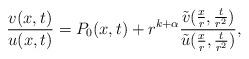
LaTeX: \begin{align*}\frac{v(x,t)}{u(x,t)}= P_0(x,t) + r^{k+\alpha} \frac{\tilde v(\frac{x}{r},\frac{t}{r^2})}{\tilde u(\frac{x}{r},\frac{t}{r^2})},\end{align*}